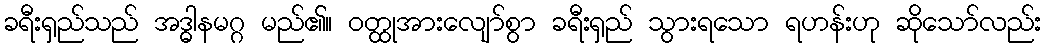
ခရီးရှည်သည် အဒ္ဓါနမဂ္ဂ မည်၏။ ဝတ္ထုအားလျော်စွာ ခရီးရှည် သွားရသော ရဟန်းဟု ဆိုသော်လည်း